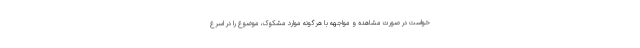
خواست در صورت مشاهده و مواجهه با هرگونه موارد مشکوک، موضوع را در اسرع